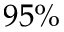
9 5 \%